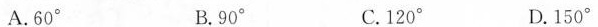
A.60° B.90° C.120° D.150°